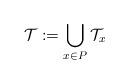
LaTeX: \begin{align*} \mathcal{T} := \bigcup_{x \in P} \mathcal{T}_{x} \end{align*}